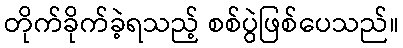
တိုက်ခိုက်ခဲ့ရသည့် စစ်ပွဲဖြစ်ပေသည်။